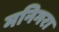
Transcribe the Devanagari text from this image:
मनिगरा